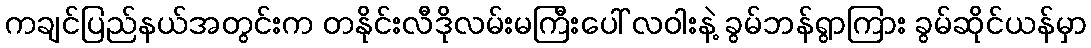
ကချင်ပြည်နယ်အတွင်းက တနိုင်းလီဒိုလမ်းမကြီးပေါ် လဝါးနဲ့ ခွမ်ဘန်ရွာကြား ခွမ်ဆိုင်ယန်မှာ